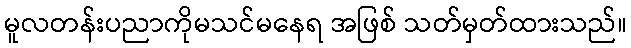
မူလတန်းပညာကိုမသင်မနေရ အဖြစ် သတ်မှတ်ထားသည်။